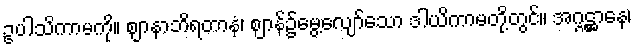
ဥပါသိကာမကို။ ဈာနာဘိရတာနံ၊ ဈာန်၌မွေ့လျော်သော ဒါယိကာမတို့တွင်။ အဂ္ဂဋ္ဌာနေ၊